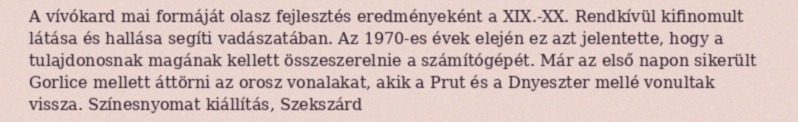
A vívókard mai formáját olasz fejlesztés eredményeként a XIX.-XX. Rendkívül kifinomult látása és hallása segíti vadászatában. Az 1970-es évek elején ez azt jelentette, hogy a tulajdonosnak magának kellett összeszerelnie a számítógépét. Már az első napon sikerült Gorlice mellett áttörni az orosz vonalakat, akik a Prut és a Dnyeszter mellé vonultak vissza. Színesnyomat kiállítás, Szekszárd